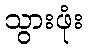
သွားဖုံး